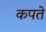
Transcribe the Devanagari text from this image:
कपते